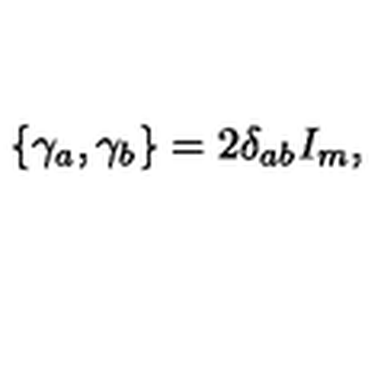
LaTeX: \left\{ \gamma _ { a } , \gamma _ { b } \right\} = 2 \delta _ { a b } I _ { m } ,